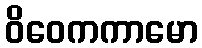
ဝိဝေကကာမော